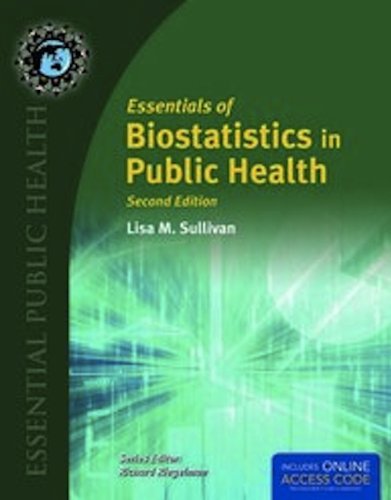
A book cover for Essentials Of Biostatistics In Public Health (Essential Public Health); Lisa M. Sullivan; Medical Books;